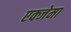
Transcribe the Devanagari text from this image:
एक्जेमा